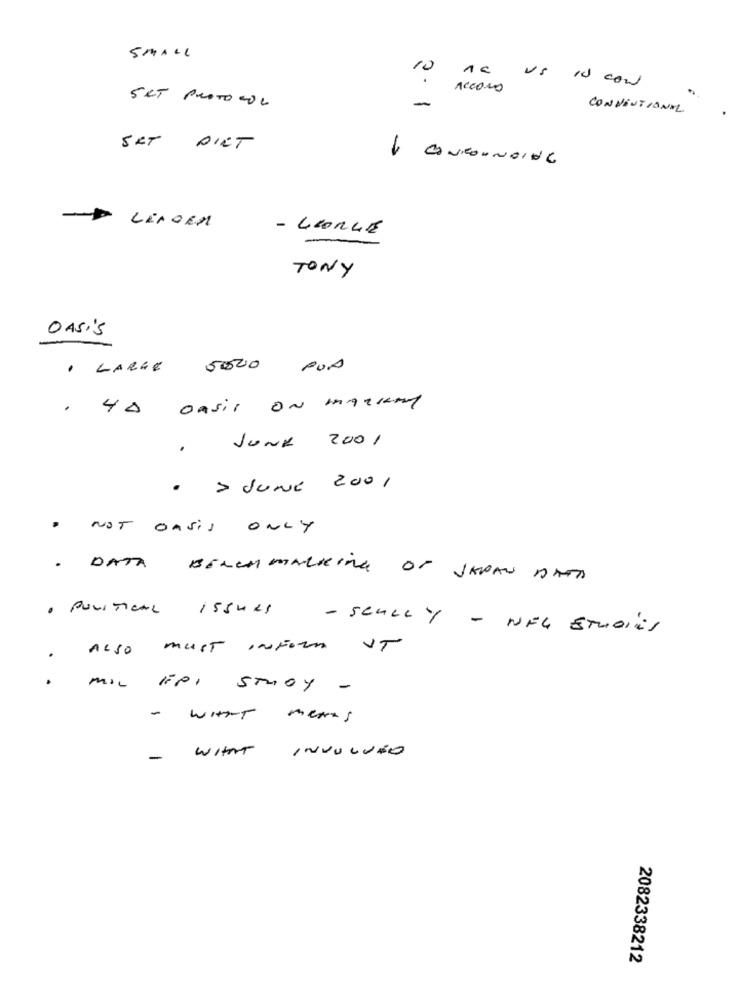
SMALL
us
10
Is cond
Acceso
SKT PROTOCOL
-
CONVENTIONAL
SKT DIRT
1 CONFOUNDING
LEADER
- LERLE
TONY
OASIS
1 LARGE 5000 PUD
. 4A OASIS ON MARKMy
JUNE 2001
· > JUNE 2001
NOT OASIS ONLY
· DATA
BENCHMARKING OF JAPAN DAT
. POLITICAL 155421
- SCULL Y - NEG STUDIES
ALSO must INFORM ST
MIL FPI STUDY -
- With meats
INVULVÃO
- WITH
2082338212